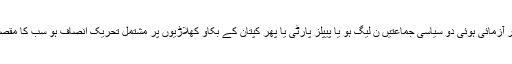
اسٹیٹس کو اور اقتدار کے ہمک پر آزمائی ہوئی دو سیاسی جماعتیں ن لیگ ہو یا پیپلز پارٹی یا پھر کپتان کے بکاو کھلاڑیوں پر مشتمل تحریک انصاف ہو سب کا مقصد اور کھیل پاور پالیٹکس ہی ہے۔